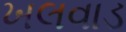
ખલવાડ